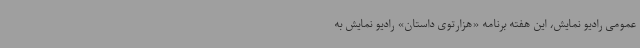
عمومی رادیو نمایش، این هفته برنامه «هزارتوی داستان» رادیو نمایش به